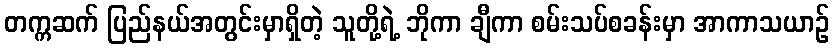
တက္ကဆက် ပြည်နယ်အတွင်းမှာရှိတဲ့ သူတို့ရဲ့ ဘိုကာ ချီကာ စမ်းသပ်စခန်းမှာ အာကာသယာဉ်